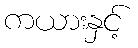
ကယားနှင့်